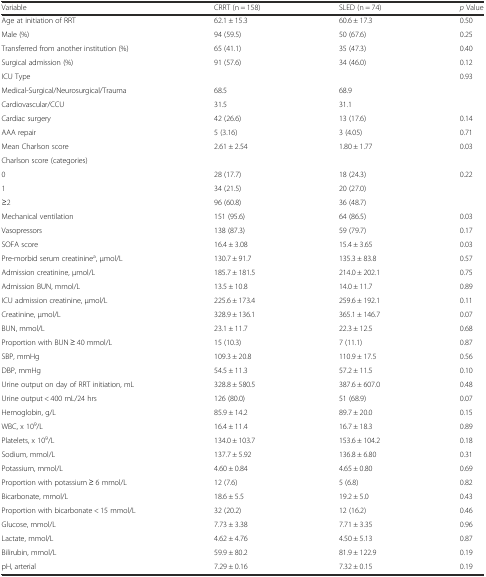
<table><thead><tr><td><b>Variable</b></td><td><b>CRRT (n = 158)</b></td><td><b>SLED (n = 74)</b></td><td><b><i>p</i> Value</b></td></tr></thead><tbody><tr><td>Age at initiation of RRT</td><td>62.1 ± 15.3</td><td>60.6 ± 17.3</td><td>0.50</td></tr><tr><td>Male (%)</td><td>94 (59.5)</td><td>50 (67.6)</td><td>0.25</td></tr><tr><td>Transferred from another institution (%)</td><td>65 (41.1)</td><td>35 (47.3)</td><td>0.40</td></tr><tr><td>Surgical admission (%)</td><td>91 (57.6)</td><td>34 (46.0)</td><td>0.12</td></tr><tr><td>ICU Type</td><td></td><td></td><td>0.93</td></tr><tr><td>Medical-Surgical/Neurosurgical/Trauma</td><td>68.5</td><td>68.9</td><td></td></tr><tr><td>Cardiovascular/CCU</td><td>31.5</td><td>31.1</td><td></td></tr><tr><td>Cardiac surgery</td><td>42 (26.6)</td><td>13 (17.6)</td><td>0.14</td></tr><tr><td>AAA repair</td><td>5 (3.16)</td><td>3 (4.05)</td><td>0.71</td></tr><tr><td>Mean Charlson score</td><td>2.61 ± 2.54</td><td>1.80 ± 1.77</td><td>0.03</td></tr><tr><td>Charlson score (categories)</td><td></td><td></td><td></td></tr><tr><td>0</td><td>28 (17.7)</td><td>18 (24.3)</td><td>0.22</td></tr><tr><td>1</td><td>34 (21.5)</td><td>20 (27.0)</td><td></td></tr><tr><td>≥2</td><td>96 (60.8)</td><td>36 (48.7)</td><td></td></tr><tr><td>Mechanical ventilation</td><td>151 (95.6)</td><td>64 (86.5)</td><td>0.03</td></tr><tr><td>Vasopressors</td><td>138 (87.3)</td><td>59 (79.7)</td><td>0.17</td></tr><tr><td>SOFA score</td><td>16.4 ± 3.08</td><td>15.4 ± 3.65</td><td>0.03</td></tr><tr><td>Pre-morbid serum creatinine<sup>a</sup>, μmol/L</td><td>130.7 ± 91.7</td><td>135.3 ± 83.8</td><td>0.57</td></tr><tr><td>Admission creatinine, μmol/L</td><td>185.7 ± 181.5</td><td>214.0 ± 202.1</td><td>0.75</td></tr><tr><td>Admission BUN, mmol/L</td><td>13.5 ± 10.8</td><td>14.0 ± 11.7</td><td>0.89</td></tr><tr><td>ICU admission creatinine, μmol/L</td><td>225.6 ± 173.4</td><td>259.6 ± 192.1</td><td>0.11</td></tr><tr><td>Creatinine, μmol/L</td><td>328.9 ± 136.1</td><td>365.1 ± 146.7</td><td>0.07</td></tr><tr><td>BUN, mmol/L</td><td>23.1 ± 11.7</td><td>22.3 ± 12.5</td><td>0.68</td></tr><tr><td>Proportion with BUN ≥ 40 mmol/L</td><td>15 (10.3)</td><td>7 (11.1)</td><td>0.87</td></tr><tr><td>SBP, mmHg</td><td>109.3 ± 20.8</td><td>110.9 ± 17.5</td><td>0.56</td></tr><tr><td>DBP, mmHg</td><td>54.5 ± 11.3</td><td>57.2 ± 11.5</td><td>0.10</td></tr><tr><td>Urine output on day of RRT initiation, mL</td><td>328.8 ± 580.5</td><td>387.6 ± 607.0</td><td>0.48</td></tr><tr><td>Urine output &lt; 400 mL/24 hrs</td><td>126 (80.0)</td><td>51 (68.9)</td><td>0.07</td></tr><tr><td>Hemoglobin, g/L</td><td>85.9 ± 14.2</td><td>89.7 ± 20.0</td><td>0.15</td></tr><tr><td>WBC, x 10<sup>9</sup>/L</td><td>16.4 ± 11.4</td><td>16.7 ± 18.3</td><td>0.89</td></tr><tr><td>Platelets, x 10<sup>9</sup>/L</td><td>134.0 ± 103.7</td><td>153.6 ± 104.2</td><td>0.18</td></tr><tr><td>Sodium, mmol/L</td><td>137.7 ± 5.92</td><td>136.8 ± 6.80</td><td>0.31</td></tr><tr><td>Potassium, mmol/L</td><td>4.60 ± 0.84</td><td>4.65 ± 0.80</td><td>0.69</td></tr><tr><td>Proportion with potassium ≥ 6 mmol/L</td><td>12 (7.6)</td><td>5 (6.8)</td><td>0.82</td></tr><tr><td>Bicarbonate, mmol/L</td><td>18.6 ± 5.5</td><td>19.2 ± 5.0</td><td>0.43</td></tr><tr><td>Proportion with bicarbonate &lt; 15 mmol/L</td><td>32 (20.2)</td><td>12 (16.2)</td><td>0.46</td></tr><tr><td>Glucose, mmol/L</td><td>7.73 ± 3.38</td><td>7.71 ± 3.35</td><td>0.96</td></tr><tr><td>Lactate, mmol/L</td><td>4.62 ± 4.76</td><td>4.50 ± 5.13</td><td>0.87</td></tr><tr><td>Bilirubin, mmol/L</td><td>59.9 ± 80.2</td><td>81.9 ± 122.9</td><td>0.19</td></tr><tr><td>pH, arterial</td><td>7.29 ± 0.16</td><td>7.32 ± 0.15</td><td>0.19</td></tr></tbody></table>